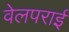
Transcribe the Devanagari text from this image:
वेलपराई